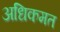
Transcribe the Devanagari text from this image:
अधिकमत